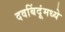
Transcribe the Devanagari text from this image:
दवबिंदूंमध्ये